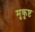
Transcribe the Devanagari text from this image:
मुकुष्ट